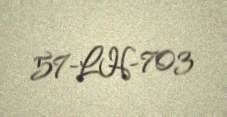
57-LH-703